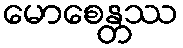
မောစေန္တဿ